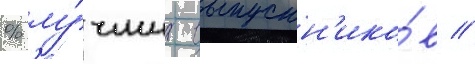
% лу́чших выпускн'ико́в //